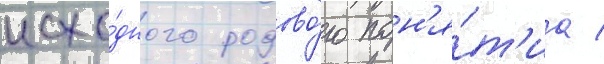
исхо́дного родово́го пон'я́т'иа /